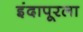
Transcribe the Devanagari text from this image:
इंदापूरला